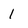
Character: 1